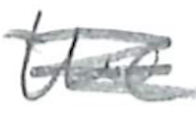
Text: the
Cross-out: scratch
Writing tool: pencil